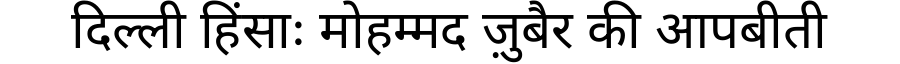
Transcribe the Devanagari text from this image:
दिल्ली हिंसाः मोहम्मद ज़ुबैर की आपबीती